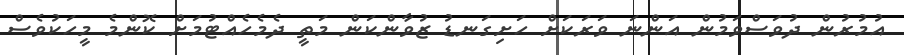
އުމުރުން ދުވަސްވަމުން އަންނަ ވަރަކަށް ހަށިގަނޑު ޒުވާންކަން މަތީ ދެމެހެއްޓުމަށް ކޮންމެ މީހަކުވެސް